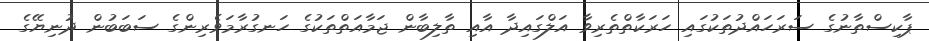
ޕާކިސްތާނުގެ ސަރަހައްދުތަކުގައި ހަރަކާތްތެރިވާ އަލްގައިދާ އާއި ތާލިބާން ޖަމާއަތްތަކުގެ ހަނގުރާމަވެރިންގެ ސަބަބުން ދުނިޔޭގެ